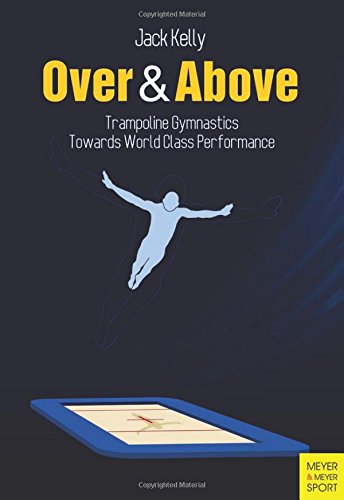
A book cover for Over & Above: Trampoline Gymnastics; Jack Kelly; Sports & Outdoors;